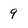
Character: 9